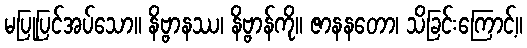
မပြုပြင်အပ်သော။ နိဗ္ဗာနဿ၊ နိဗ္ဗာန်ကို။ ဇာနနတော၊ သိခြင်းကြောင့်။